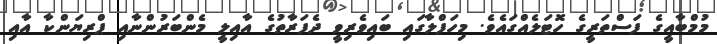
މުމްބާއީގެ ފަސްތަރީގެ ހޮޓަލެއްގައެވެ. މިހަފްލާގައި ބައިވެރިވީ ދެފަރާތުގެ އާއިލީ މެންބަރުންނާއި ޕްރިޔަންކާ އާއި